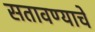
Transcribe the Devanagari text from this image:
सतावण्याचे